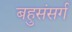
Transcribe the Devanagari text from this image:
बहुसंसर्ग